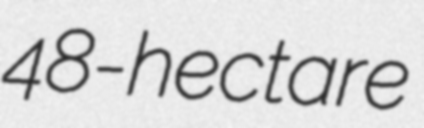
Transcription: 48-hectare